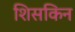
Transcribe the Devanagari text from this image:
शिसकिन